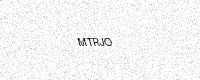
Text: MTRJO